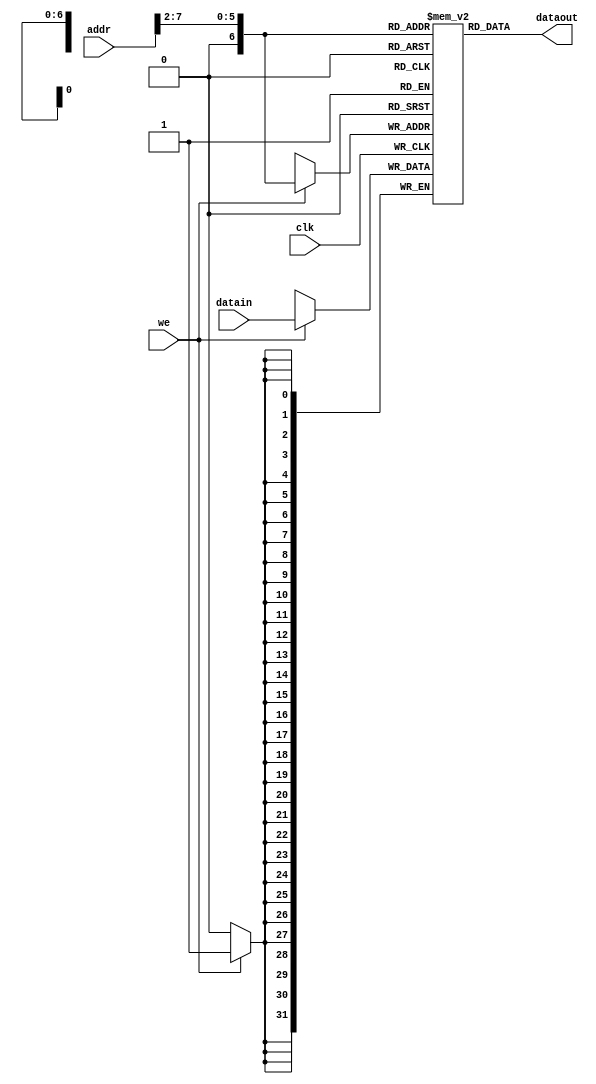
module data_memory (clk,dataout,datain,addr,we); 
input clk; 
input [31:0] addr; 
input [31:0] datain; 
input we; 
output [31:0] dataout; 
reg [31:0] ram [0:64]; 
assign dataout = ram[addr[7:2]]; 
always @ (posedge clk) begin
if (we) ram[addr[7:2]] = datain; 
end
integer i;
initial begin 
for (i = 0; i < 32; i = i + 1)
ram[i] = 0;

ram[5'h14] = 32'h000000a3; 
ram[5'h15] = 32'h00000027; 
ram[5'h16] = 32'h00000079; 
ram[5'h17] = 32'h00000115; 

end
endmodule